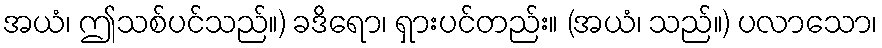
အယံ၊ ဤသစ်ပင်သည်။) ခဒိရော၊ ရှားပင်တည်း။ (အယံ၊ သည်။) ပလာသော၊